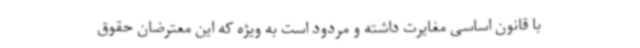
با قانون اساسی مغایرت داشته و مردود است به ویژه که این معترضان حقوق